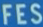
FFES